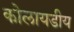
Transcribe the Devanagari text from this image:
कोलायडीय